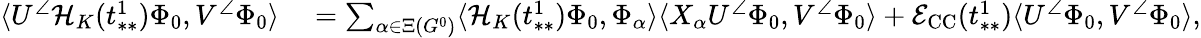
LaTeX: \begin{array}{rl}{\langle U^{\angle}\mathcal{H}_{K}(t_{**}^{1})\Phi_{0},V^{\angle}\Phi_{0}\rangle}&{{}=\sum_{\alpha\in\Xi(G^{0})}\langle\mathcal{H}_{K}(t_{**}^{1})\Phi_{0},\Phi_{\alpha}\rangle\langle X_{\alpha}U^{\angle}\Phi_{0},V^{\angle}\Phi_{0}\rangle+\mathcal{E}_{\mathrm{CC}}(t_{**}^{1})\langle U^{\angle}\Phi_{0},V^{\angle}\Phi_{0}\rangle,}\end{array}